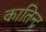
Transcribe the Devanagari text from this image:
कातिन्द्र